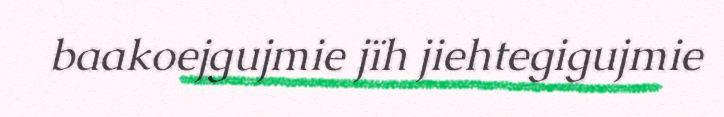
baakoejgujmie jïh jiehtegigujmie